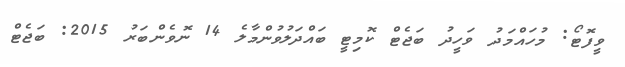
ވީފޮޓޯ: މުހައްމަދު ވަހީދު ބަޖެޓް ކޮމިޓީ ބައްދަލުވުންމާލެ 14 ނޮވެންބަރު 2015: ބަޖެޓް